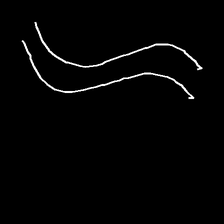
Glyph: float